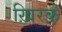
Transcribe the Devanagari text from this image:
ख़िरक़े